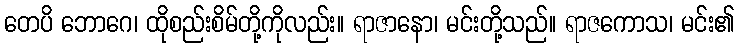
တေပိ ဘောဂေ၊ ထိုစည်းစိမ်တို့ကိုလည်း။ ရာဇာနော၊ မင်းတို့သည်။ ရာဇကောသ၊ မင်း၏